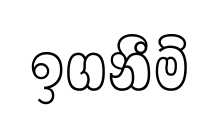
ඉගනීම්